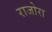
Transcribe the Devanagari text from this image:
राजोरा